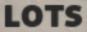
LOTS